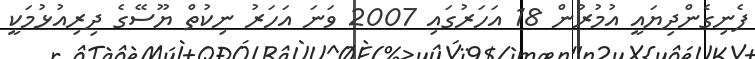
ފެނިގެންދިޔައީ އުމުރުން 18 އަހަރުގައި 2007 ވަނަ އަހަރު ނިކުތް ޔޫސޭގެ ދިރިއުޅުމަކީ